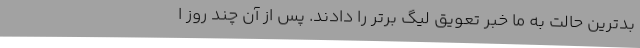
بدترین حالت به ما خبر تعویق لیگ برتر را دادند. پس از آن چند روز ا